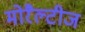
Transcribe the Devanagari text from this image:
मोरैल्टीज